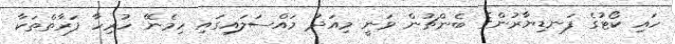
ހައި ކޯޓުގެ ފަނޑިޔާރުންގެ ބެންޗުން ވަނީ މިއަދު މައްސަލައިގައި ހިމެނޭ ހުރިހާ ފަރާތްތަކާ